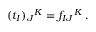
( t _ { I } ) _ { J } { } ^ { K } = f _ { I J } { } ^ { K } \, .